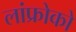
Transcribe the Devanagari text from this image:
लांफ्रोको